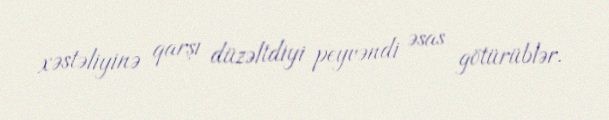
xəstəliyinə qarşı düzəltdiyi peyvəndi əsas götürüblər.